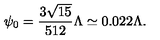
\psi _ { 0 } = \frac { 3 \sqrt { 1 5 } } { 5 1 2 } \Lambda \simeq 0 . 0 2 2 \Lambda .